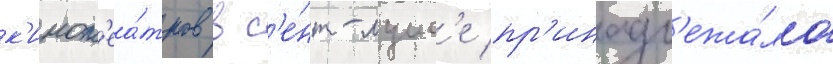
к'инот'еа́тров в с'е́нт-луис'е пр'инадл'ежа́ло